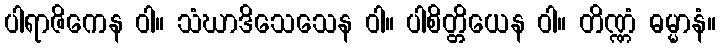
ပါရာဇိကေန ဝါ။ သံဃာဒိသေသေန ဝါ။ ပါစိတ္တိယေန ဝါ။ တိဏ္ဏံ ဓမ္မာနံ။